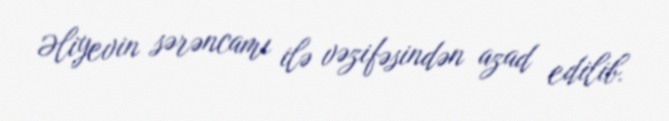
Əliyevin sərəncamı ilə vəzifəsindən azad edilib.